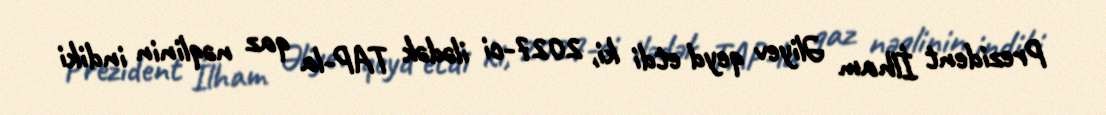
Prezident İlham Əliyev qeyd etdi ki, 2027-ci ilədək TAP-la qaz nəqlinin indiki